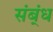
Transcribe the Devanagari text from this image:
संब्ंध